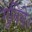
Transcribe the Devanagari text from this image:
गुनिये।